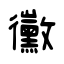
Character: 黴